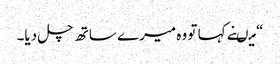
“ میںنے کہا تو وہ میرے ساتھ چل دیا۔